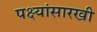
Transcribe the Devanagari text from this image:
पक्ष्यांसारखी